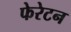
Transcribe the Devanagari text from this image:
फेरेटन